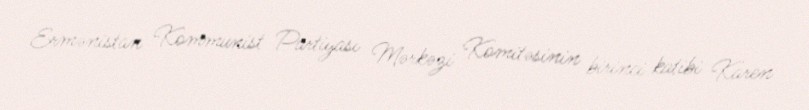
Ermənistan Kommunist Partiyası Mərkəzi Komitəsinin birinci katibi Karen